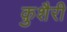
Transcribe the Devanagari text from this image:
क़ुशैरी